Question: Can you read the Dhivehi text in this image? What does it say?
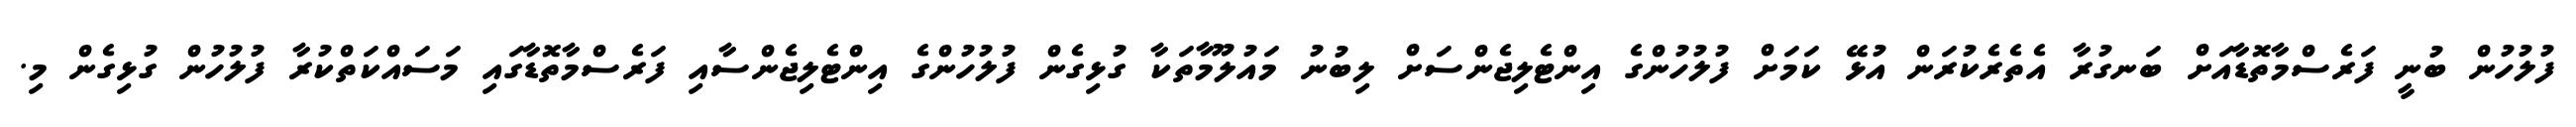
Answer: ފުލުހުން ބުނީ ފަރެސްމާތޮޑާއަށް ބަނގުރާ އެތެރެކުރަން އުޅޭ ކަމަށް ފުލުހުންގެ އިންޓެލިޖެންސަށް ލިބުނު މައުލޫމާތަކާ ގުޅިގެން ފުލުހުންގެ އިންޓެލިޖެންސާއި ފަރެސްމާތޮޑާގައި މަސައްކަތްކުރާ ފުލުހުން ގުޅިގެން މި.